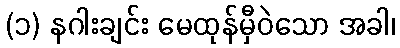
(၁) နဂါးချင်း မေထုန်မှီဝဲသော အခါ၊